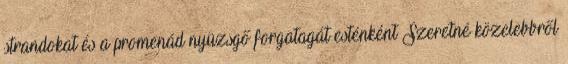
strandokat és a promenád nyüzsgő forgatagát esténként Szeretné közelebbről